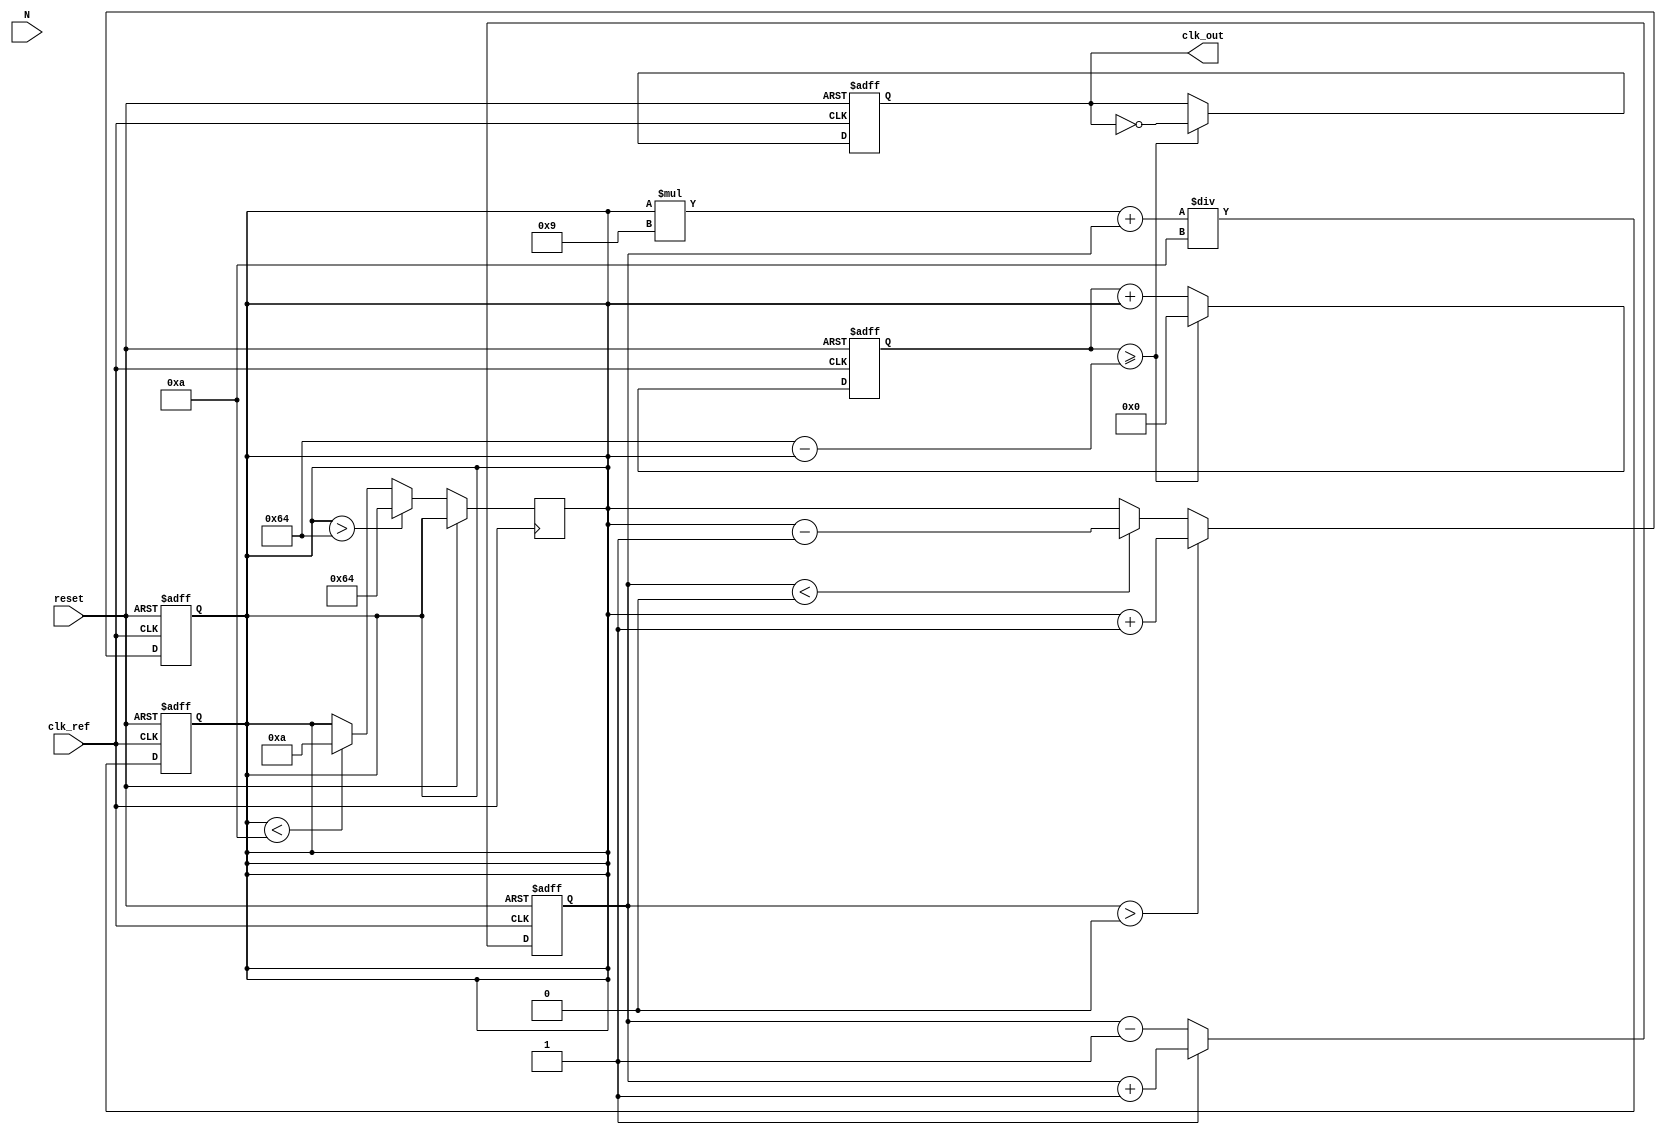
module integer_n_pll (
    input wire clk_ref,           // Reference clock input
    input wire reset,             // Reset signal
    input wire [N-1:0] N,         // Division factor (N)
    output reg clk_out            // Output clock
);

parameter N = 4;                 // Example division factor
parameter VCO_MAX_FREQ = 100;   // Maximum VCO frequency
parameter VCO_MIN_FREQ = 10;    // Minimum VCO frequency
parameter LOOP_FILTER_BW = 10;  // Loop filter bandwidth

// Internal signals
reg [31:0] phase_error;          // Phase error signal
reg [31:0] control_voltage;       // Control voltage for VCO
reg vco_clk;                     // VCO clock signal
reg [31:0] vco_counter;          // VCO counter for frequency generation
reg [31:0] feedback_counter;     // Feedback counter for division

// Phase Detector (PD)
always @(posedge clk_ref or posedge reset) begin
    if (reset) begin
        phase_error <= 0;
    end else begin
        // Simple phase detector logic
        if (vco_clk) begin
            phase_error <= phase_error + 1; // Increment error if VCO is leading
        end else begin
            phase_error <= phase_error - 1; // Decrement error if VCO is lagging
        end
    end
end

// Charge Pump (CP)
always @(posedge clk_ref or posedge reset) begin
    if (reset) begin
        control_voltage <= 0;
    end else begin
        // Charge pump logic
        if (phase_error > 0) begin
            control_voltage <= control_voltage + 1; // Increase control voltage
        end else if (phase_error < 0) begin
            control_voltage <= control_voltage - 1; // Decrease control voltage
        end
    end
end

// Loop Filter (LF)
always @(posedge clk_ref or posedge reset) begin
    if (reset) begin
        control_voltage <= 0;
    end else begin
        // Simple low-pass filter implementation
        control_voltage <= (control_voltage * (LOOP_FILTER_BW - 1) + phase_error) / LOOP_FILTER_BW;
    end
end

// Voltage-Controlled Oscillator (VCO)
always @(posedge clk_ref or posedge reset) begin
    if (reset) begin
        vco_counter <= 0;
        clk_out <= 0;
    end else begin
        // VCO frequency control based on control voltage
        if (control_voltage > VCO_MAX_FREQ) begin
            control_voltage <= VCO_MAX_FREQ;
        end else if (control_voltage < VCO_MIN_FREQ) begin
            control_voltage <= VCO_MIN_FREQ;
        end
        
        // Generate VCO clock signal
        vco_counter <= vco_counter + control_voltage;
        if (vco_counter >= (100 - control_voltage)) begin
            clk_out <= ~clk_out; // Toggle output clock
            vco_counter <= 0;
        end
    end
end

// Feedback Divider
always @(posedge clk_out or posedge reset) begin
    if (reset) begin
        feedback_counter <= 0;
    end else begin
        feedback_counter <= feedback_counter + 1;
        if (feedback_counter >= N) begin
            feedback_counter <= 0; // Reset feedback counter
        end
    end
end

endmodule